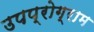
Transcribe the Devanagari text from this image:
उपप्रोग्राम